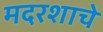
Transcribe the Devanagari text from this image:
मदरशाचे